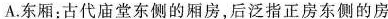
A.东厢:古代庙堂东侧的厢房,后泛指正房东侧的房